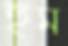
হুম